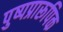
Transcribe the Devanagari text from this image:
पुष्पप्रारूपिक